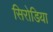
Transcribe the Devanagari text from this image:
सिरोडिया